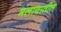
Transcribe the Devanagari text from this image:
मलायातील